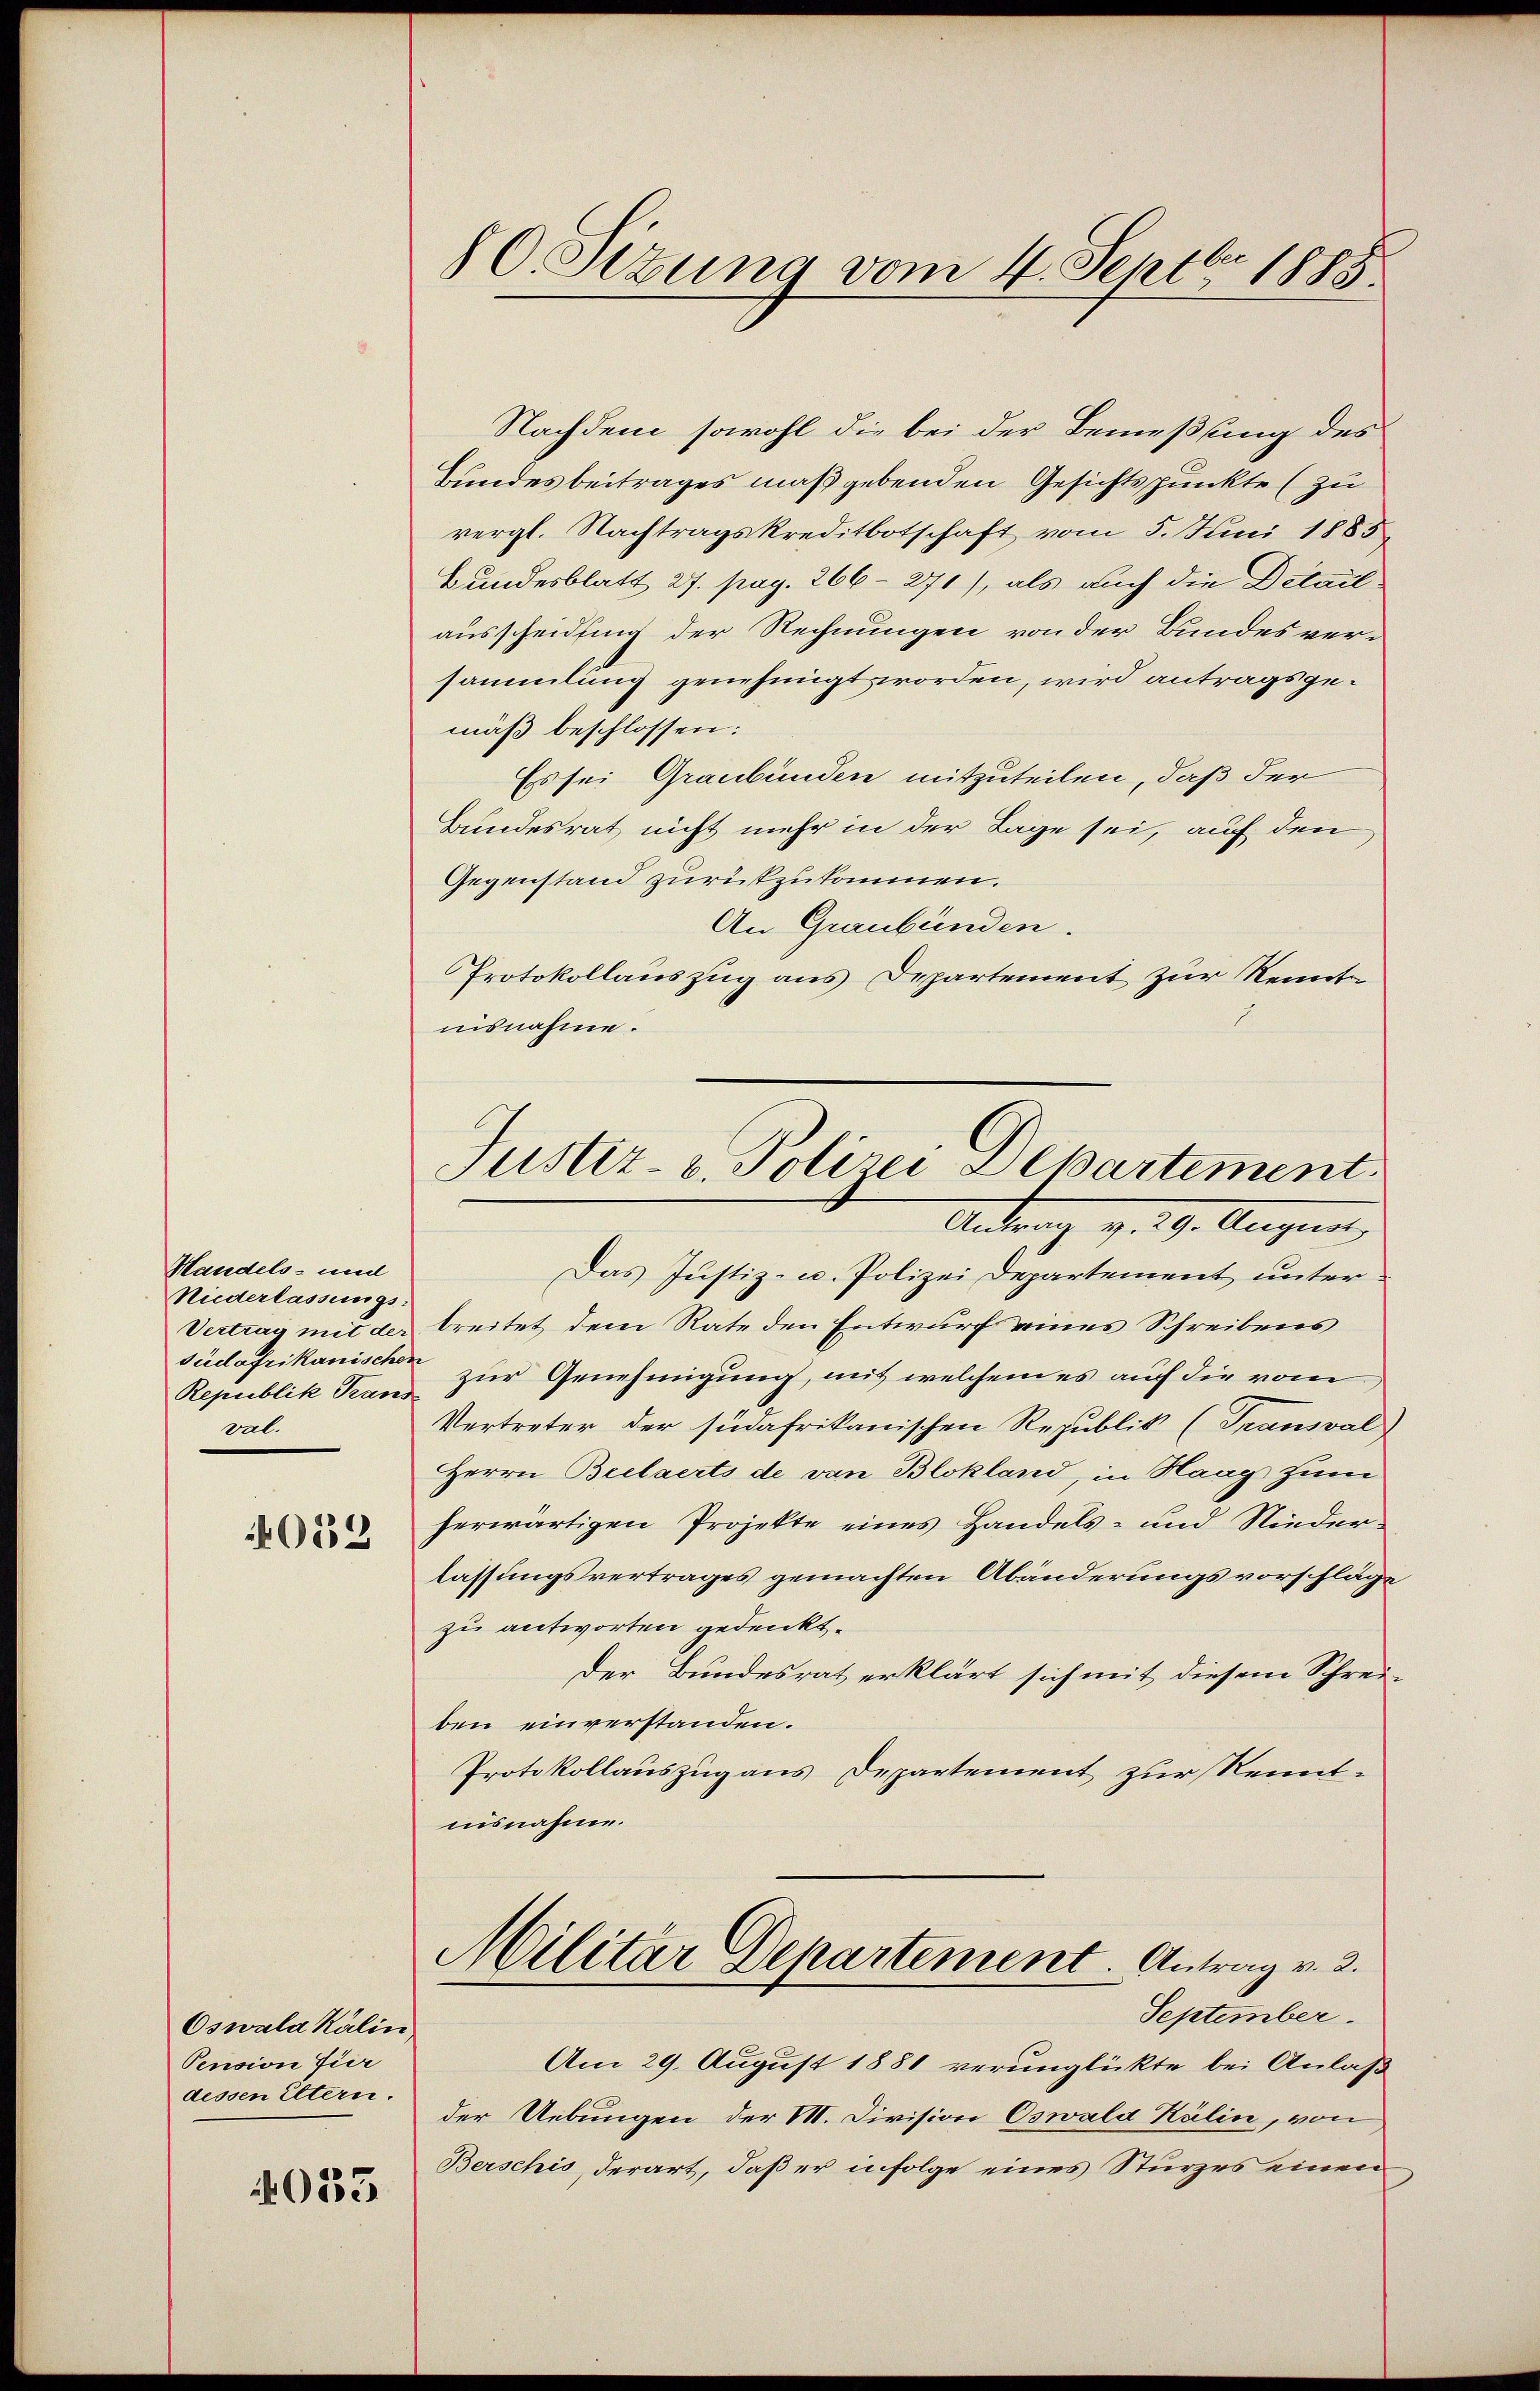
Handels- und
Niederlassungssüdafrikanischen
Republik Trans
val.

4053

Oswala Kälin,
Pension fier
dessen Eltern.

033

80. Sizung vom 4. Septbr. 1885

Nachdem sowohl die bei der Bemessung des
Bundesbeitrages maßgebenden Gesichtspunkte (zu
vergl. Nachtragskreditbotschaft vom 5. Juni 1885
Bundesblatt 27. pag. 266-271), als auch die Detail-
ausscheidling der Rechnungen von der Bundesversammlung genehmigt worden, wird antragsgemäß beschlossen:
Es sei Graubünden mitzuteilen, daß der
Bundesrat nicht mehr in der Lage sei, auf den
Gegenstand zurückzukommen.
An Graubünden.
Protokollauszug aus Departement zur Kenntn
nisnahme.
Das Justiz- u. Polizei Departement, unter
Vertrag mit der breitet dem Rate den Entwurf eines Schreibens
zur Genehmigung, mit welchem es auf die vom
Vertreter der südafrikanischen Republik (Transval)
Herrn Beelaerts de von Blokland, in Haag zum
herwärtigen Projekte eines Handels- und Nieder-
lassungsvertrages gemachten Abänderungsvorschläge
zu antworten gedenkt.
der Bundesrat erklärt sich mit diesem Schrei-
ben einverstanden.
Protokollauszug aus Departement zur Kenntnisnahme.
Militar Departement. Antrag v. 3.
September.
Am 29. August 1881 verunglückte bei Anlaß
der Uebungen der M. Division Oswald Kälin, von
Berschis, derart, daß er infolge eines Sturzes einen,

Justiz- u. Polizei Departement
Antrag v. 29. Augus